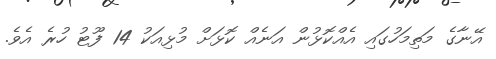
އޭނާގެ މަތިމަހުގައި އެއްކޮޅުން އަނެއް ކޮޅަށް މުޅިއަކު 14 ފޫޓު ހުރެ އެވެ.